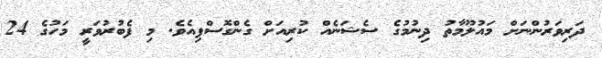
ދަރިވަރުންނަށް މައުލޫމާތު ދިނުމުގެ ސެޝަނެއް ކުރިއަށް ގެންގޮސްފިއެވެ. މި ފެބުރުވަރީ މަހުގެ 24